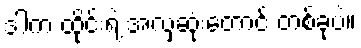
ဒါက ထိုင်းရဲ့ အလှဆုံးတောင် တစ်ခုပဲ။